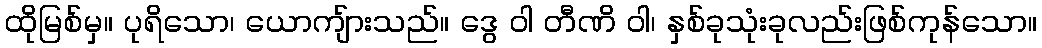
ထိုမြစ်မှ။ ပုရိသော၊ ယောကျ်ားသည်။ ဒွေ ဝါ တီဏိ ဝါ၊ နှစ်ခုသုံးခုလည်းဖြစ်ကုန်သော။